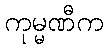
ကုမ္မဏီက